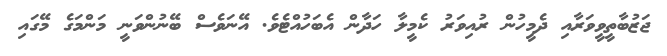
ޖަޒުބާތީވީވަރާއި ދެމީހުން ރުއިވަރު ކެމީލާ ހަދާން އެބަހުއްޓެވެ. އޭނަވެސް ބޭނުންވަނީ މަންމަގެ މޭގައި